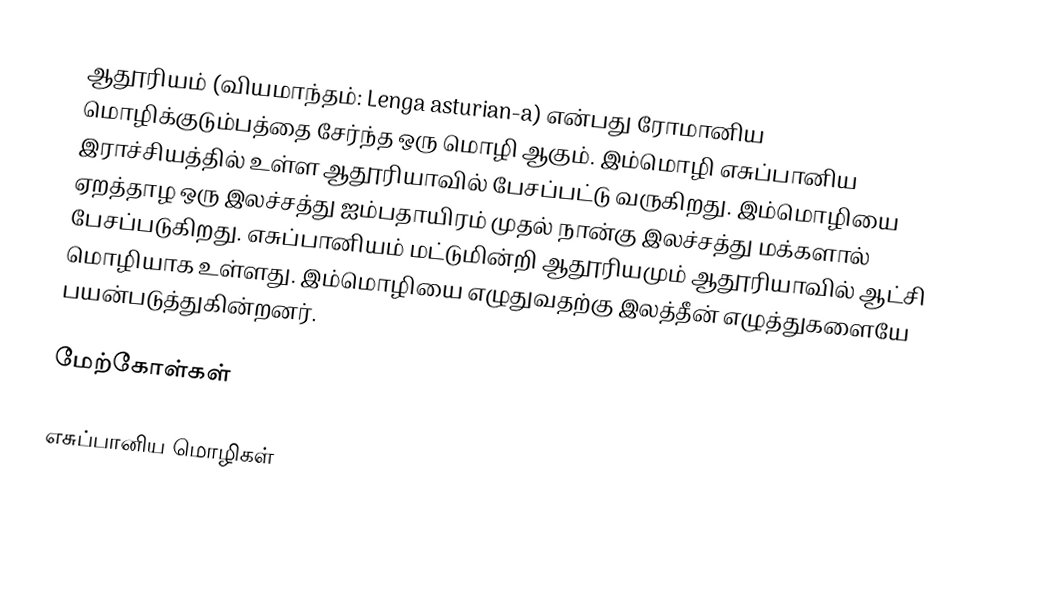
ஆதூரியம் (வியமாந்தம்: Lenga asturian-a) என்பது ரோமானிய மொழிக்குடும்பத்தை சேர்ந்த ஒரு மொழி ஆகும். இம்மொழி எசுப்பானிய இராச்சியத்தில் உள்ள ஆதூரியாவில் பேசப்பட்டு வருகிறது. இம்மொழியை ஏறத்தாழ ஒரு இலச்சத்து ஐம்பதாயிரம் முதல் நான்கு இலச்சத்து மக்களால் பேசப்படுகிறது. எசுப்பானியம் மட்டுமின்றி ஆதூரியமும் ஆதூரியாவில் ஆட்சி மொழியாக உள்ளது. இம்மொழியை எழுதுவதற்கு இலத்தீன் எழுத்துகளையே பயன்படுத்துகின்றனர்.

மேற்கோள்கள்

எசுப்பானிய மொழிகள்